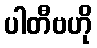
ပါတီဗဟို